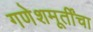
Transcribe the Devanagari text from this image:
गणेशमूर्तींचा